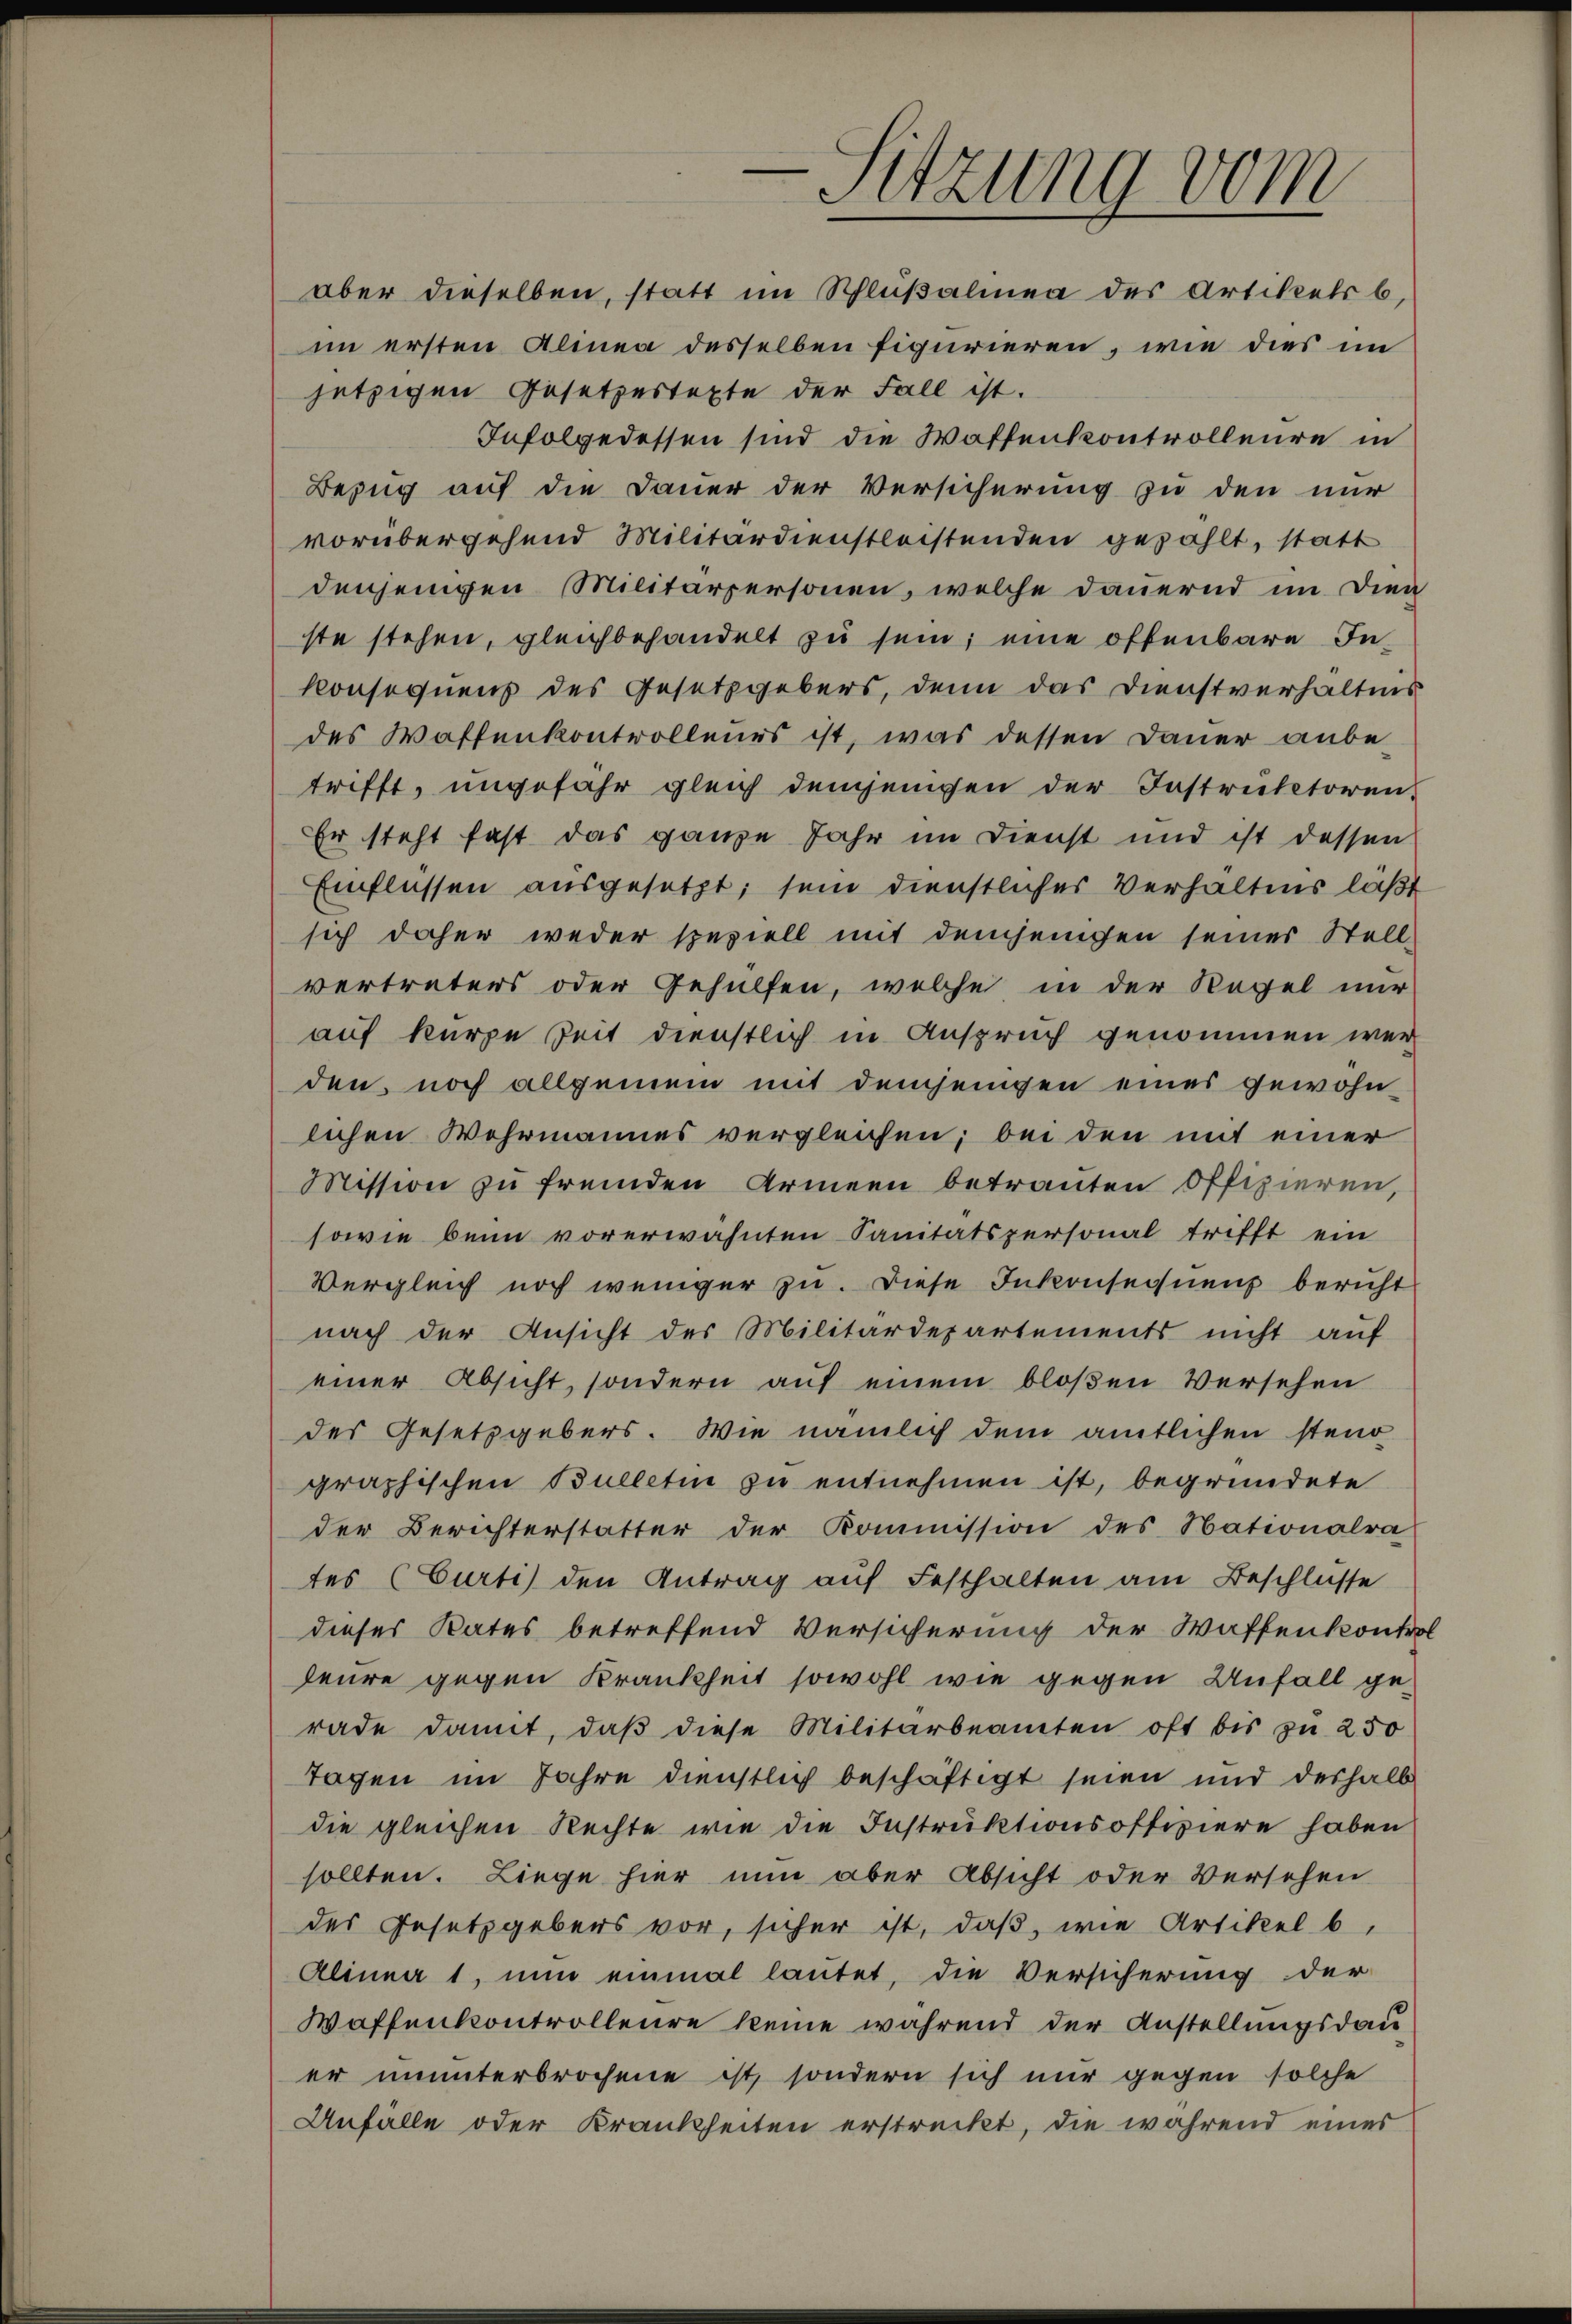
e
Sitzung vom

aber dieselben, statt im Schlußalinea des Artikels b
im ersten Alinea desselben figurieren, wie dies im
jetzigen Gesetzestexte der Fall ist.
Infolgedessen sind die Waffenkontrolleure in
Bezug auf die Dauer der Versicherung zu den nur
vorübergehend Militärdienstleistenden gezählt, statt
denjenigen Militärpersonen, welche dauernd im Dien
ste stehen, gleichbehandelt zu sein; eine offenbare Inkonsequens des Gesetzgebers, denn das Dienstverhältnis
des Waffenkontrolleurs ist, was dessen Dauer anbe-
trifft, ungefähr gleich demjenigen der Instruktoren,
Er steht fast das ganze Jahr im Dienst und ist dessen
Einflüssen ausgesetzt; sein dienstlicher Verhältnis läßt
sich daher weder speziell mit demjenigen seines Stell-
vertreters oder Gehülfen, welche in der Regel nur
auf kurze Zeit dienstlich in Anspruch genommen wer
den, noch allgemein mit demjenigen eines gewohn
lichen Wehrmannes vergleichen; bei den mit einer
Mission zu fremden Armeen betrauten offizieren,
sowie beim vorerwähnten Sanitätspersonal trifft ein
Vergleich noch weniger zu. Diese Inkonsequenz bericht
nach der Ansicht des Militärdepartements nicht auf
einer Absicht, sondern auf einem bloßen Versehen
des Gesetzgebers. Wie nämlich dem amtlichen steno
graphischen Bulletin zu entnehmen ist, begründete
der Berichterstatter der Kommission des Nationalra
tes (Curti) den Antrag auf Festhalten am Beschlüsse
dieses Rates betreffend Versicherung der Waffenkontrol
heure gegen Krankheit sowohl wie gegen Unfall ge-
rade damit, daβ diese Militärbeamten oft bis zu 250
Tagen im Jahre dienstlich beschäftigt seien und deshalb
die gleichen Rechte wie die Instruktionsoffiziere haben
sollten. Liege hier nun aber Absicht oder Versehen
des Gesetzgebers vor, sicher ist, daß, wie Artikel b
Alinea 1, nun einmal lautet, die Versicherung der
Waffenkontrolleure keine während der Anstellungsdau
er ununterbrochene ist, sondern sich nur gegen solche
Unfälle oder Krankheiten erstreckt, die während eines